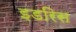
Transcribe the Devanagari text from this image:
इडरिस